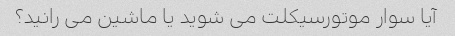
آیا سوار موتورسیکلت می شوید یا ماشین می رانید؟